65_HS1-834228961_62-HQ-83894_Section_3
Agency: FBI
Page 187
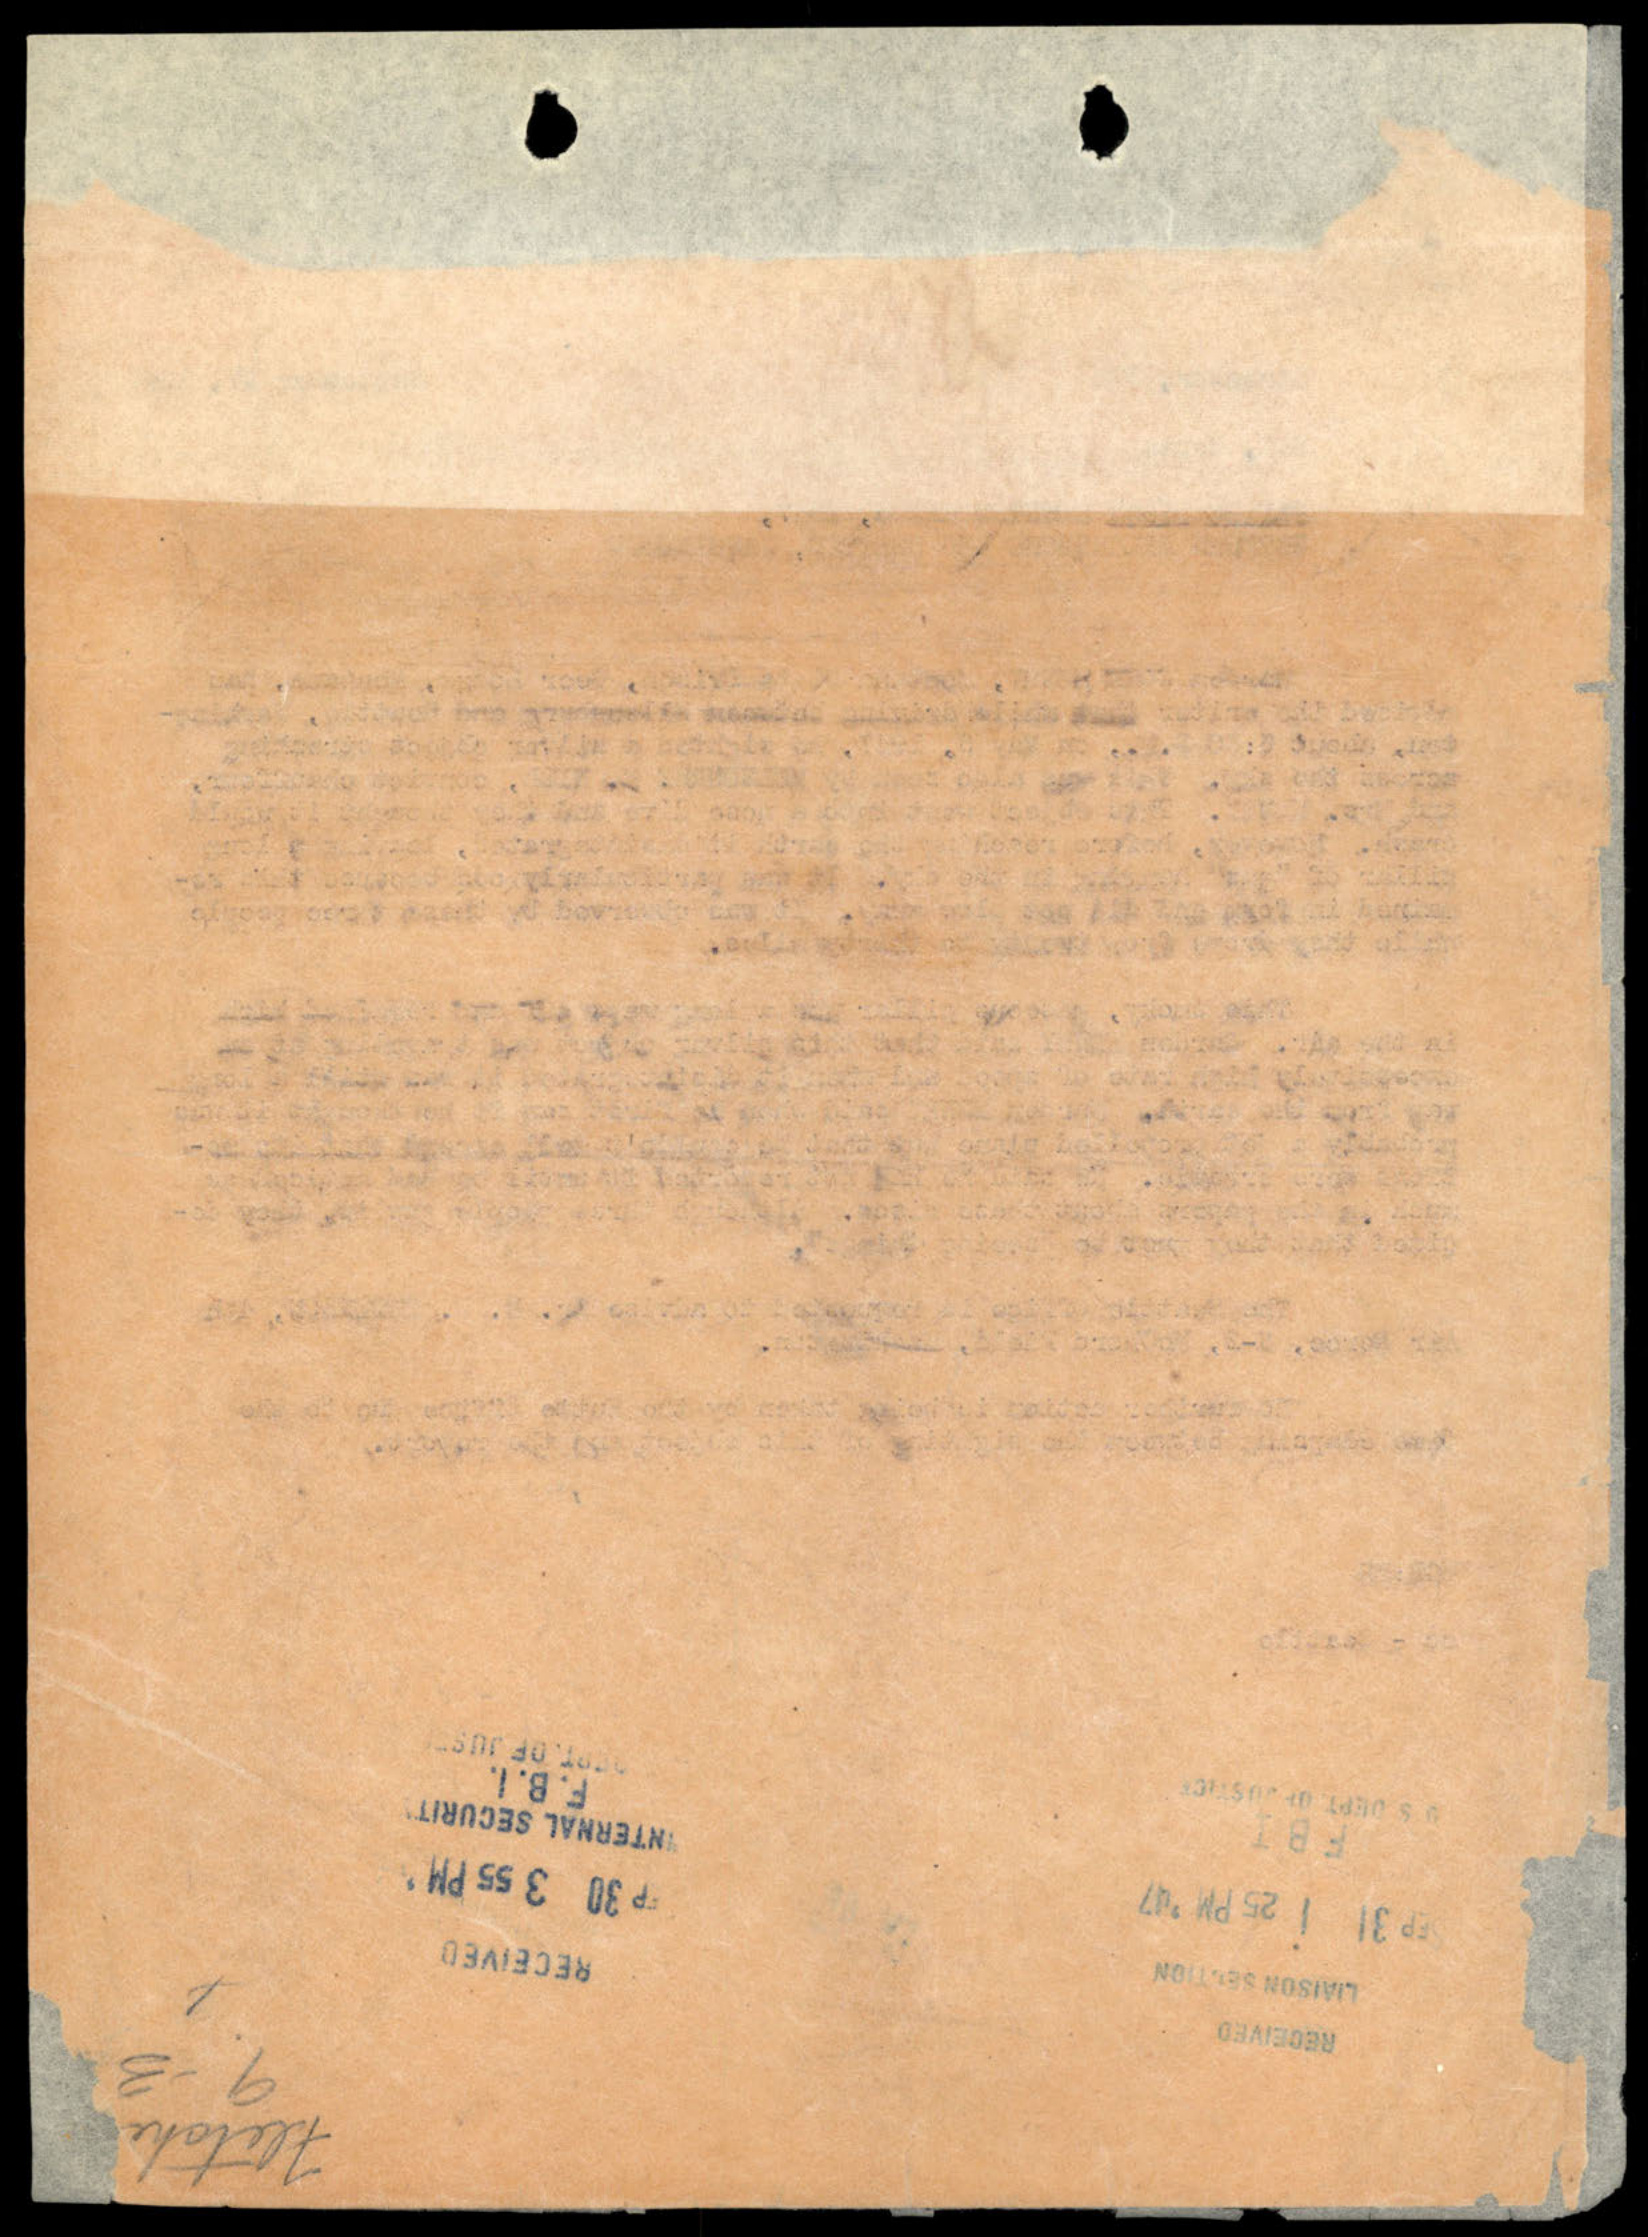